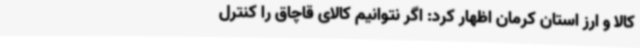
کالا و ارز استان کرمان اظهار کرد: اگر نتوانیم کالای قاچاق را کنترل